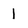
Character: 1